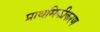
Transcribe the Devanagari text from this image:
प्राथमिकीकरण